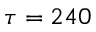
\tau = 2 4 0